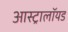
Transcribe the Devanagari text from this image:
आस्ट्रालॉयड